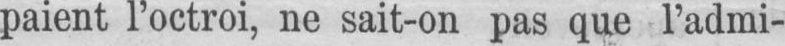
paient l’octroi, ne sait-on pas que l’admi-